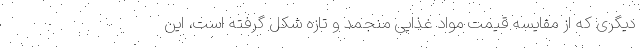
دیگری که از مقایسه قیمت مواد غذایی منجمد و تازه شکل گرفته است، این